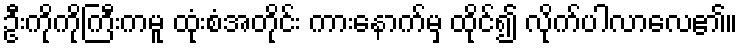
ဦးကိုကိုကြီးကမူ ထုံးစံအတိုင်း ကားနောက်မှ ထိုင်၍ လိုက်ပါလာလေ၏။